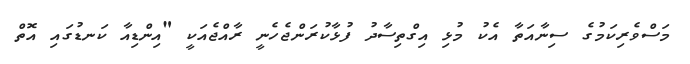
މަސްވެރިކަމުގެ ސިނާއަތާ އެކު މުޅި އިގްތިސާދު ފުޅާކުރަންޖެހެނީ ރާއްޖެއަކީ "އިންޑިއާ ކަނޑުގައި އޮތް